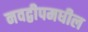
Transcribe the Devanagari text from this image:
नवद्वीपमधील